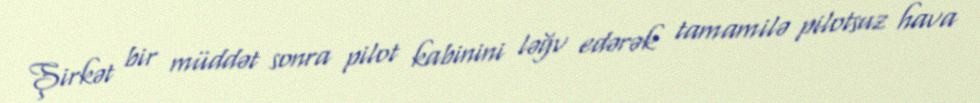
Şirkət bir müddət sonra pilot kabinini ləğv edərək tamamilə pilotsuz hava